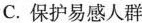
C.保护易感人群